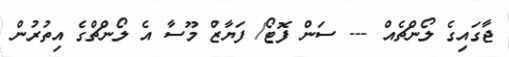
ޖާގައިގެ ލޯންޗެއް --- ސަން ފޮޓޯ/ ފަޔާޒް މޫސާ އެ ލޯންޗްގެ އިތުރުން